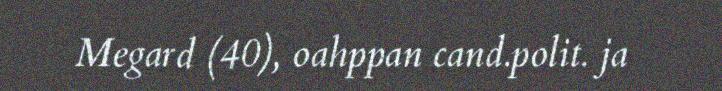
Megard (40), oahppan cand.polit. ja